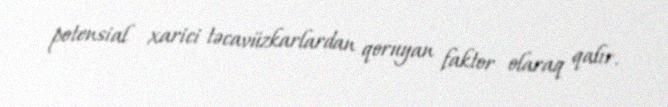
potensial xarici təcavüzkarlardan qoruyan faktor olaraq qalır.